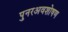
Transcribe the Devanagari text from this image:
पुनरअवशोषण